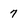
Character: 7